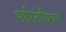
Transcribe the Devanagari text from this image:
मारिनोविचचे